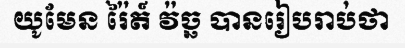
យូមែន រ៉ៃត៍ វ៉ច្ឆ បានរៀបរាប់ថា